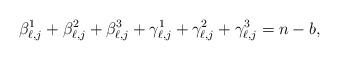
LaTeX: \begin{align*}\beta_{\ell,j}^{1}+\beta_{\ell,j}^{2}+\beta_{\ell,j}^{3}+\gamma_{\ell,j}^{1}+\gamma_{\ell,j}^{2}+\gamma_{\ell,j}^{3}=n-b,\end{align*}